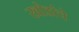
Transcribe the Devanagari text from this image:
खोडांचे